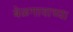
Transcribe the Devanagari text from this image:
बेळगावाच्या